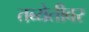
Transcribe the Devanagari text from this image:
तब्येतीवर